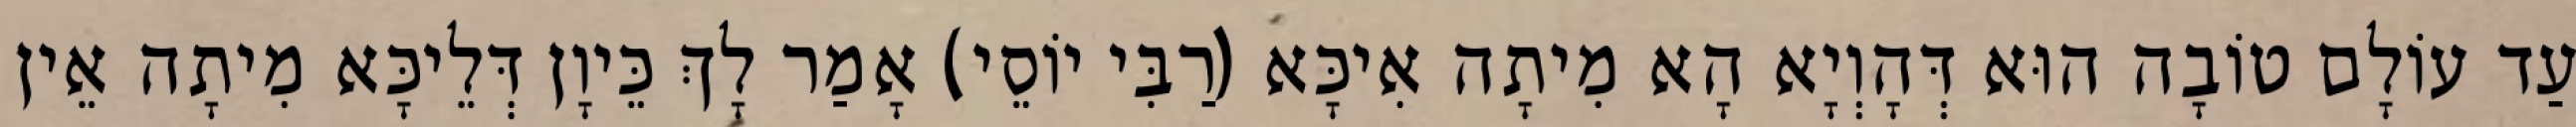
עַד עוֹלָם טוֹבָה הוּא דְּהָוְיָא הָא מִיתָה אִיכָּא (רַבִּי יוֹסֵי) אָמַר לָךְ כֵּיוָן דְּלֵיכָּא מִיתָה אֵין